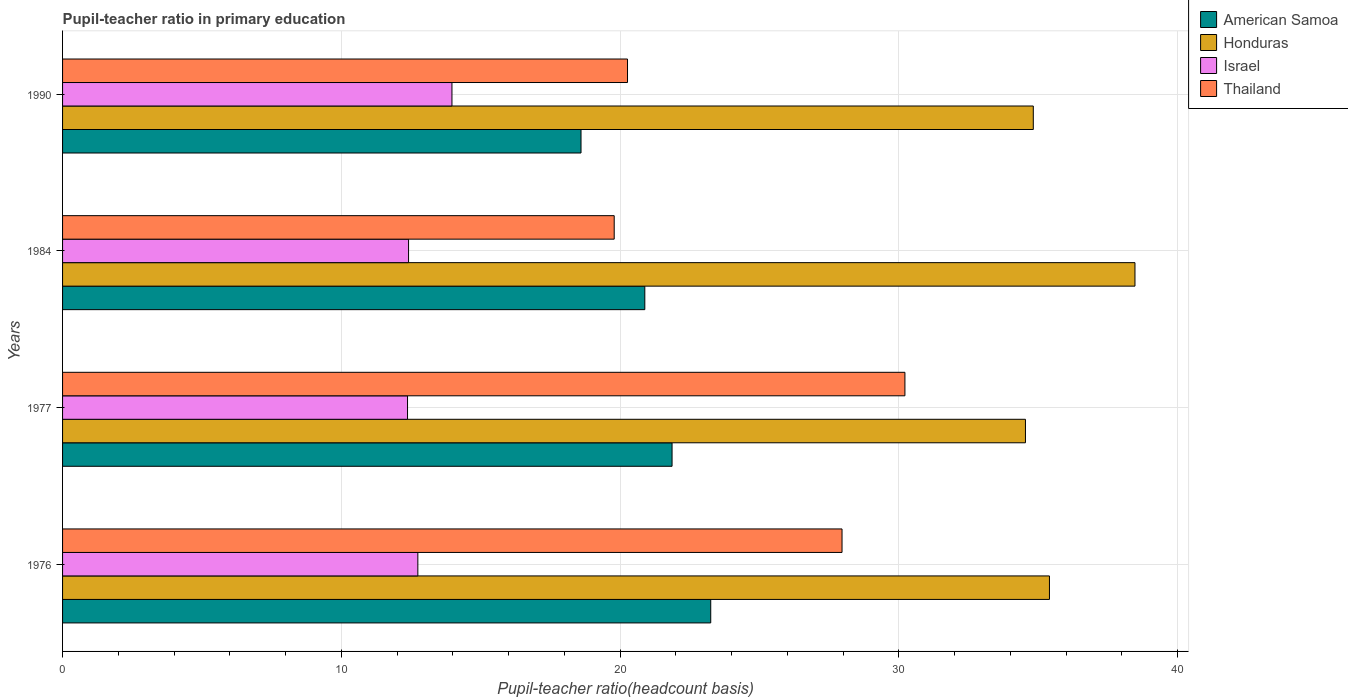
| Years | American Samoa | Honduras | Israel | Thailand |
 | --- | --- | --- | --- | --- |
 | 1976 | 23.3 | 35.4 | 12.7 | 28 |
 | 1977 | 21.9 | 34.5 | 12.4 | 30.2 |
 | 1984 | 20.9 | 38.5 | 12.4 | 19.8 |
 | 1990 | 18.6 | 34.8 | 14 | 20.3 |